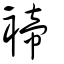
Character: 褅